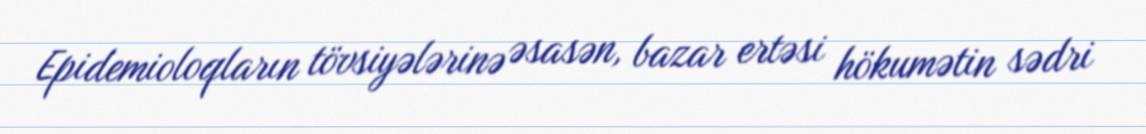
Epidemioloqların tövsiyələrinə əsasən, bazar ertəsi hökumətin sədri